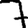
Digit: 7